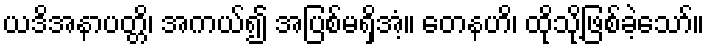
ယဒိအနာပတ္တိ၊ အကယ်၍ အပြစ်မရှိအံ့။ တေနဟိ၊ ထိုသို့ဖြစ်ခဲ့သော်။